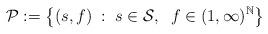
LaTeX: \begin{align*}\mathcal{P} := \left\{ (s,f) \;:\; s \in \mathcal{S},\;\; f \in (1,\infty)^\mathbb{N} \right\}\end{align*}